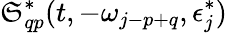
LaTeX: \mathfrak{S}_{qp}^{*}(t,-\omega_{j-p+q},\epsilon_{j}^{*})